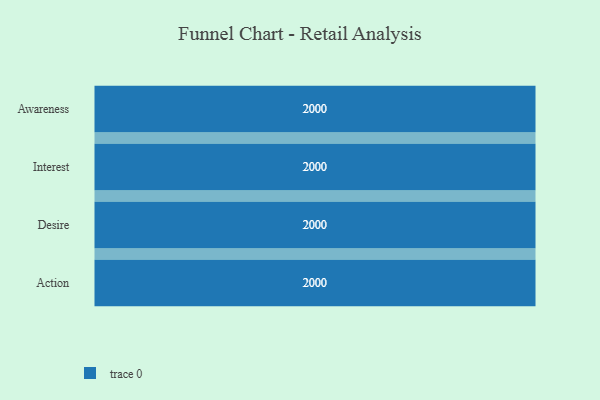
{"axis": {"x": "Stage", "y": "Value"}, "legend": [""], "data": [{"x": "Awareness", "y": 2000, "type": ""}, {"x": "Interest", "y": 2000, "type": ""}, {"x": "Desire", "y": 2000, "type": ""}, {"x": "Action", "y": 2000, "type": ""}]}